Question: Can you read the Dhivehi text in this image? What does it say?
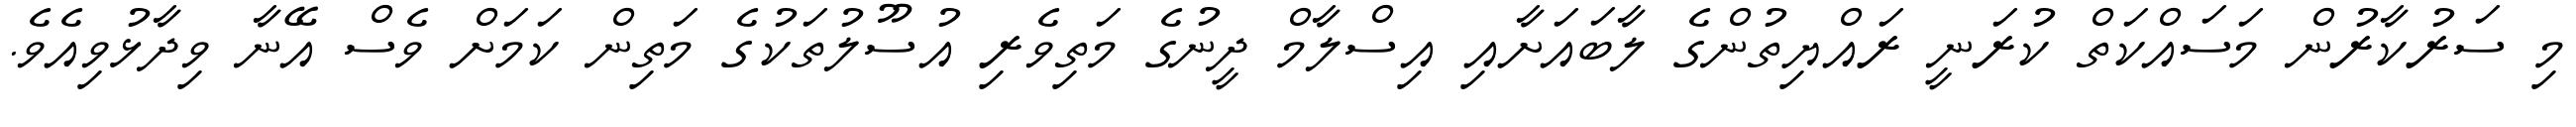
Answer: މި ސަރުކާރުން މަސައްކަތް ކުރަނީ ރައްޔިތުންގެ ލާބައަށާއި އިސްލާމް ދީނުގެ މަތިވެރި އުސޫލުތަކުގެ މަތިން ކަމަށް ވެސް އޭނާ ވިދާޅުވިއެވެ.